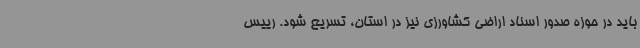
باید در حوزه صدور اسناد اراضی کشاورزی نیز در استان، تسریع شود. رییس